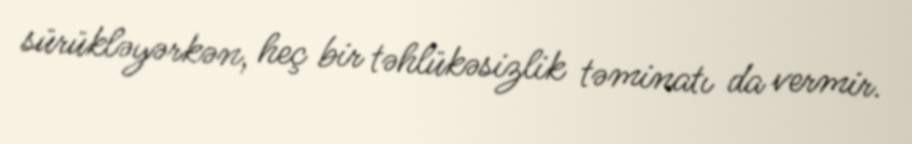
sürükləyərkən, heç bir təhlükəsizlik təminatı da vermir.